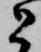
と